Calcutta medical institutions reports 1879-81 [i.e.91]
Year: 1879
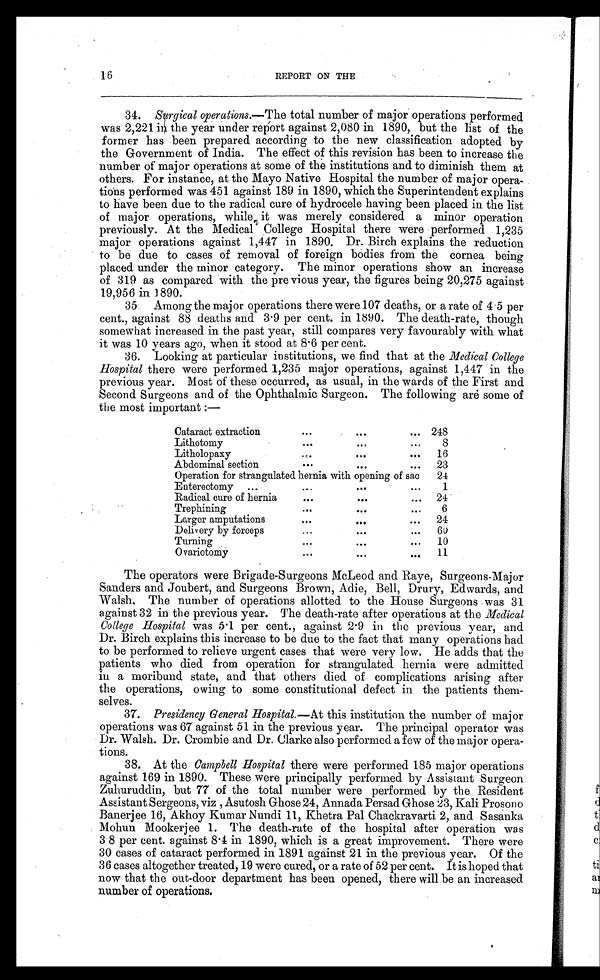
16
REPORT ON THE
34. Surgical operations. —The total number of major operations performed
was 2,221 in the year under report against 2,080 in 1890, but the list of the
former has been prepared according to the new classification adopted by
the Government of India. The effect of this revision has been to increase the
number of major operations at some of the institutions and to diminish them at
others. For instance, at the Mayo Native Hospital the number of major opera-
tions performed was 451 against 189 in 1890, which the Superintendent explains
to have been due to the radical cure of hydrocele having been placed in the list
of major operations, while it was merely considered a minor operation
previously. At the Medical College Hospital there were performed 1,235
major operations against 1,447 in 1890. Dr. Birch explains the reduction
to be due to cases of removal of foreign bodies from the cornea being
placed under the minor category. The minor operations show an increase
of 319 as compared with the pre vious year, the figures being 20,275 against
19,956 in 1890.
35. Among the major operations there were 107 deaths, or a rate of 4.5 per
cent., against 88 deaths and 3.9 per cent. in 1890. The death-rate, though
somewhat increased in the past year, still compares very favourably with what
it was 10 years ago, when it stood at 8.6 per cent.
36. Looking at particular institutions, we find that at the Medical College
Hospital there were performed 1,235 major operations, against 1,447 in the
previous year. Most of these occurred, as usual, in the wards of the First and
Second Surgeons and of the Ophthalmic Surgeon. The following are some of
the most important:—
Cataract extraction
. . .
. . . ... 248
Lithotomy
. . .
...
. . .
8
Litholopaxy
. . .
. . .
. . .
16
Abdominal section
. . .
. . .
...
23
Operation for strangulated hernia with opening of sac
24
Enterectomy
...
...
. . .
. . .
1
Radical cure of hernia
. . .
. . .
...
24
Trephining
. . .
. . .
. . .
6
Larger amputations
. . .
. . .
. . .
24
Delivery by forceps
...
...
...
60
Turning
. . .
...
. . .
10
O variotomy
. . .
. . .
. . .
11
The operators were Brigade-Surgeons McLeod and Raye, Surgeons-Major
Sanders and Joubert, and Surgeons Brown, Adie, Bell, Drury, Edwards, and
Walsh. The number of operations allotted to the House Surgeons was 31
against 32 in the previous year. The death-rate after operations at the Medical
College Hospital was 5.1 per cent., against 2.9 in the previous year, and
Dr. Birch explains this increase to be due to the fact that many operations had
to be performed to relieve urgent cases that were very low. He adds that the
patients who died from operation for strangulated hernia were admitted
in a moribund state, and that others died of complications arising after
the operations, owing to some constitutional defect in the patients them-
selves.
37. Presidency General Hospital. —At this institution the number of major
operations was 67 against 51 in the previous year. The principal operator was
Dr. Walsh. Dr. Crombie and Dr. Clarke also performed a few of the major opera-
tions.
38. At the Campbell Hospital there were performed 185 major operations
against 169 in 1890. These were principally performed by Assistant Surgeon
Zuhuruddin, but 77 of the total number were performed by the Resident
Assistant Sergeons, viz, Asutosh Ghose 24, Annada Persad Ghose 23, Kali Prosono
Banerjee 16, Akhoy Kumar Nundi 11, Khetra Pal Chackravarti 2, and Sasanka
Mohun Mookerjee 1. The death-rate of the hospital after operation was
3.8 per cent. against 8.4 in 1890, which is a great improvement. There were
30 cases of cataract performed in 1891 against 21 in the previous year. Of the
36 cases altogether treated, 19 were cured, or a rate of 52 per cent. It is hoped that
now that the out-door department has been opened, there will be an increased
number of operations.